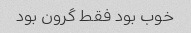
خوب بود فقط گرون بود